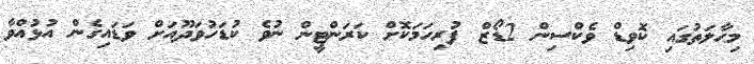
މިޙާލަތުގައި ކޮވިޑް ވެކްސިން 2ޑޯޒް ފުރިހަމަކޮށް ކަރަންޓީން ނުވެ ކުޑަހުވަދޫއަށް ވަޑައިގެން އުޅުއްވާ